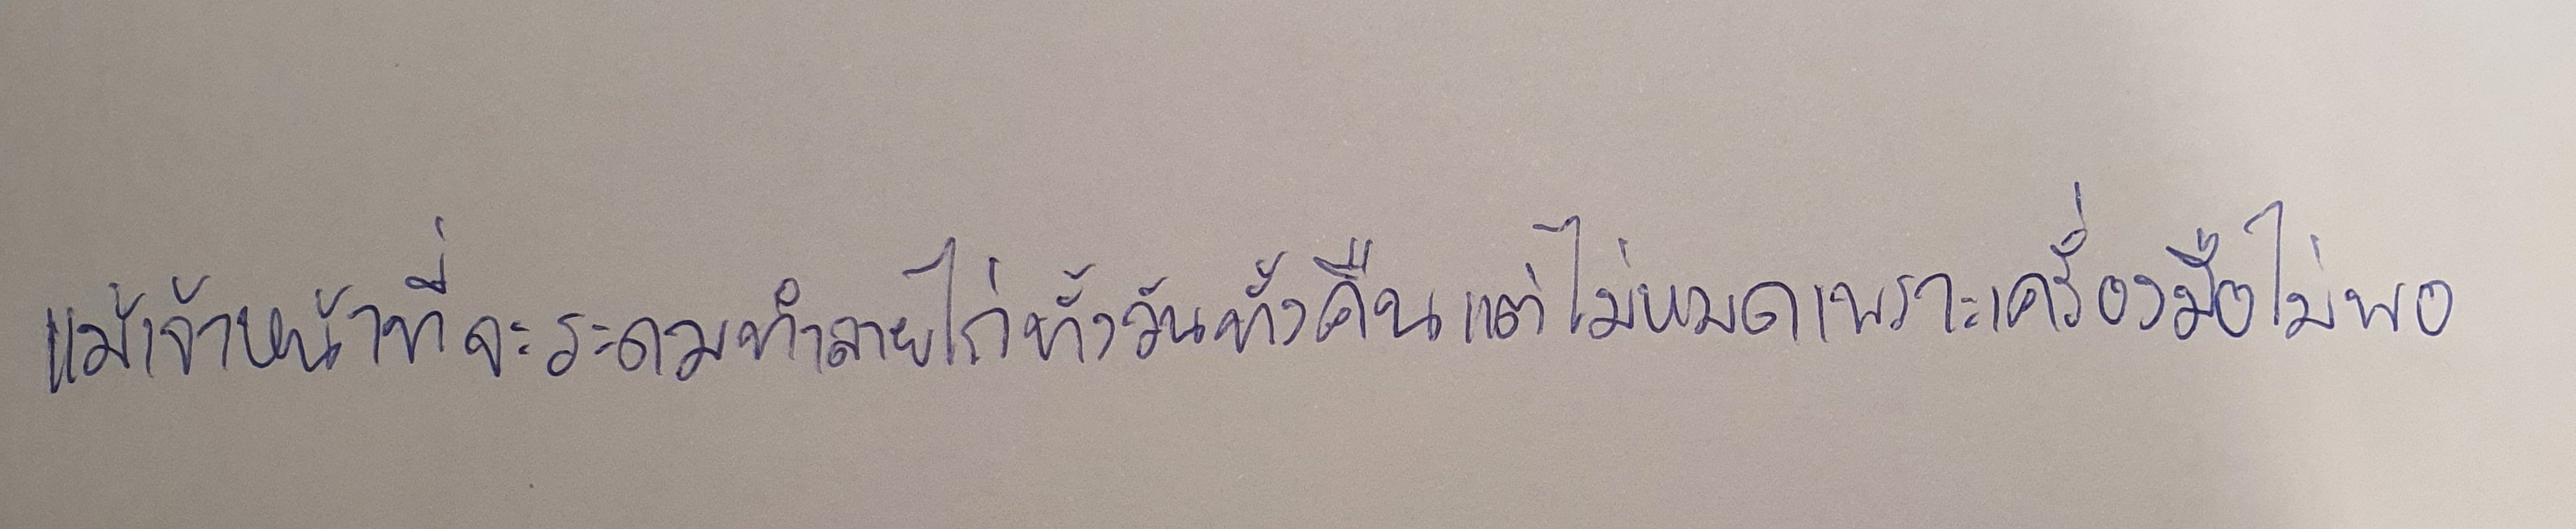
แม้เจ้าหน้าที่จะระดมทำลายไก่ทั้งวันทั้งคืนแต่ไม่หมดเพราะเครื่องมือไม่พอ